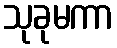
သုခုမကာ